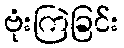
ဗုံးကြဲခြင်း